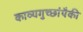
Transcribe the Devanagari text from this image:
काव्यगुच्छांपैकी